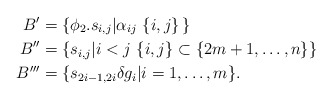
\begin{align*}B'&=\{\phi_2.s_{i,j}|\alpha_{ij}\,\,\{i,j\}\,\} \\B''&=\{s_{i,j}|i<j\,\,\{i,j\}\subset\{2m+1,\ldots,n\}\}\\B'''&=\{s_{2i-1,2i}\delta g_i|i=1,\ldots,m\}.\end{align*}